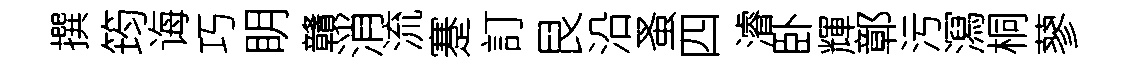
撰筠诲巧眀贛消流蹇訂艮沿蚤四濬卧輝鄣污㵼桐蓼